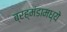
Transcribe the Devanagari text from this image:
ब्रह्मंडामध्ये